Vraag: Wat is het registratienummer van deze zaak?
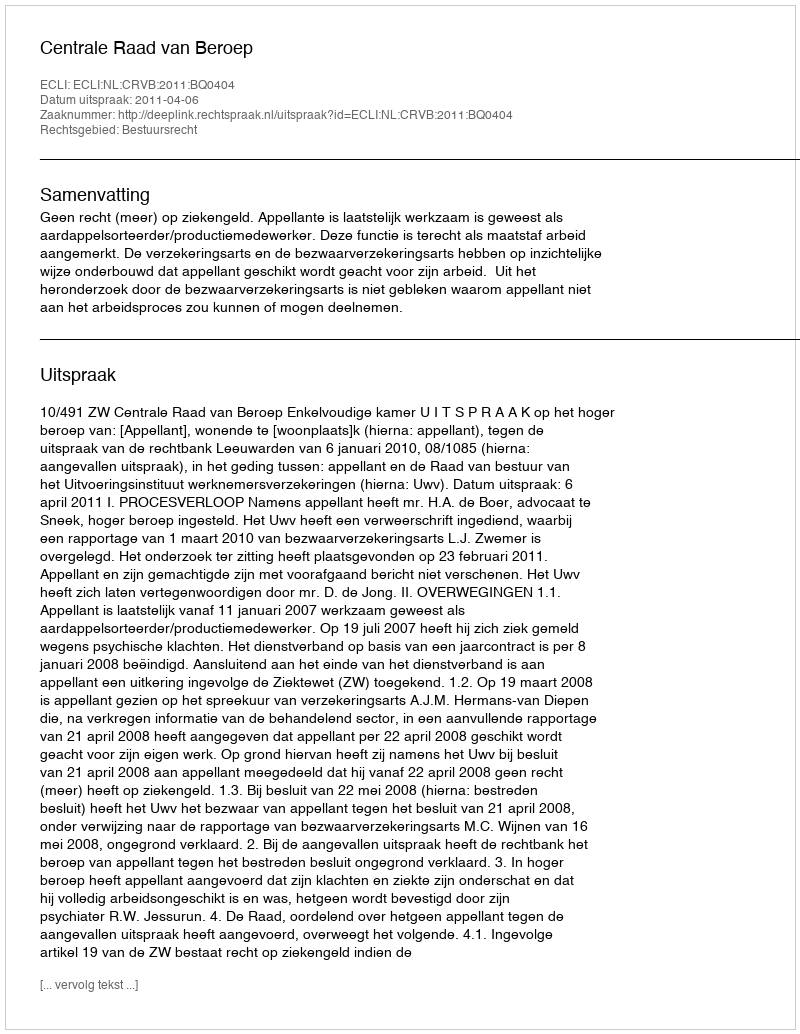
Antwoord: http://deeplink.rechtspraak.nl/uitspraak?id=ECLI:NL:CRVB:2011:BQ0404